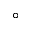
^ \circ